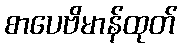
စာပေဗိမာန်ထုတ်